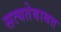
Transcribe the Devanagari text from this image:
सत्यतेबाबत